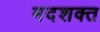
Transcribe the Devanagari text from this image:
मदशक्त